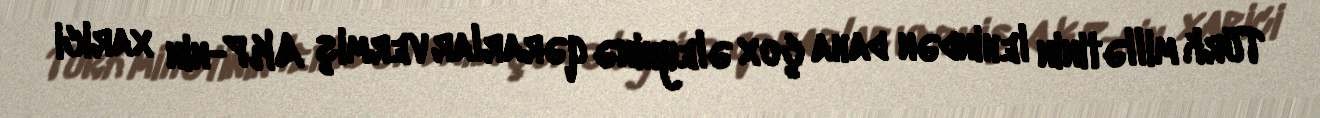
Türk millətinin lehindən daha çox əleyhinə qərarlar vermiş AKP-nin xarici